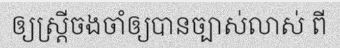
ឲ្យស្ត្រីចងចាំឲ្យបានច្បាស់លាស់ ពី